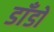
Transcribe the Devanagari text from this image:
डाँडों